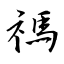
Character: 禡